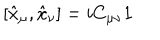
[ \hat { x } _ { \mu } , \hat { x } _ { \nu } ] = i C _ { \mu \nu } { \bf 1 }